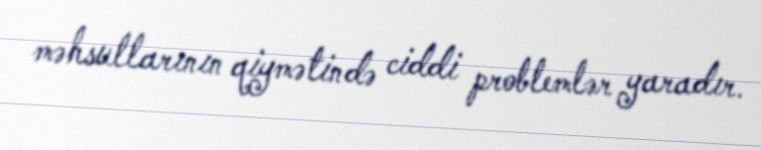
məhsullarının qiymətində ciddi problemlər yaradır.